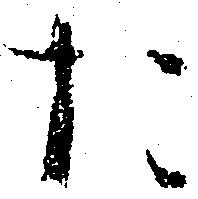
た